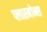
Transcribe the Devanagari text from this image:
प्लास्मोन्स